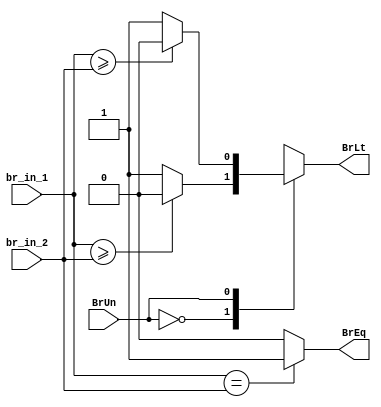
//Design CPU 32 bit

module br_comp (br_in_1, br_in_2, BrUn, BrEq, BrLt);
   parameter DATA_WIDTH = 32;

   input [DATA_WIDTH-1:0] br_in_1;
   input [DATA_WIDTH-1:0] br_in_2;
   input                  BrUn;
   output                 BrEq;
   output                 BrLt;

   wire                   BrEq;
   reg                    BrLt;

   always @ (*) begin
      case (BrUn)
         1'b0: begin
            if (br_in_1 >= br_in_2) begin
                BrLt = 1'b0;
            end else begin
                BrLt = 1'b1;
            end
         end
         1'b1: begin
            if ($signed(br_in_1) >= $signed(br_in_2)) begin
               BrLt = 1'b0;
            end else begin
               BrLt = 1'b1;
            end
         end
      endcase
   end

   assign BrEq = (br_in_1==br_in_2)?1'b1:1'b0;

endmodule